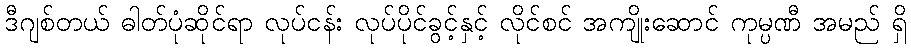
ဒီဂျစ်တယ် ဓါတ်ပုံဆိုင်ရာ လုပ်ငန်း လုပ်ပိုင်ခွင့်နှင့် လိုင်စင် အကျိုးဆောင် ကုမ္ပဏီ အမည် ရှိ